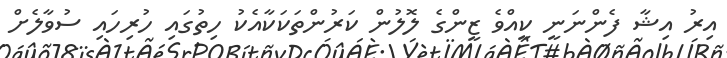
އިރު އިޝާ ފެންނަނީ ކީއްވެ ޒީންގެ ލޮލުން ކަރުންތަކަކާއެކު ހިތުގައި ހުރިހައި ސުވާލެށް